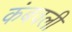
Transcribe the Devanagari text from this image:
कंबवली